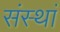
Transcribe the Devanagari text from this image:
संस्थां